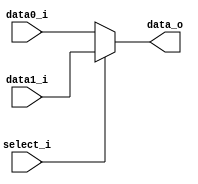
`timescale 1ns / 1ps
module MUX_2_to_1(data0_i,data1_i,select_i,data_o);
    parameter size = 0;	
    input  [size-1:0] data0_i;          
    input  [size-1:0] data1_i;
    input             select_i;
    output [size-1:0] data_o; 
    /* add your design */   
    reg [size-1:0] data_o;
    always @(*) begin
	if (select_i == 0)
	    data_o = data0_i;
	else
	    data_o = data1_i;
    end

endmodule